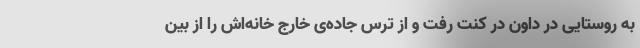
به روستایی در داون در کنت رفت و از ترس جاده‌ی خارج خانه‌اش را از بین